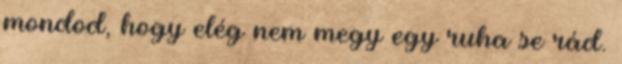
mondod, hogy elég nem megy egy ruha se rád.